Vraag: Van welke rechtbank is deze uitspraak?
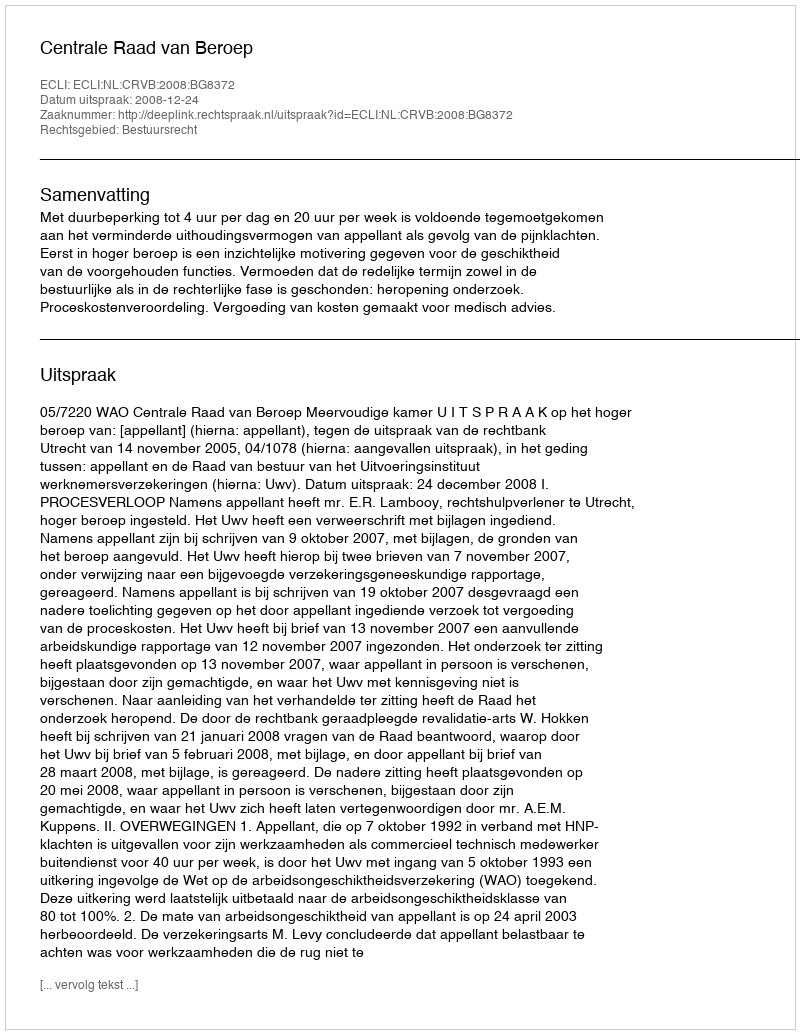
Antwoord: Centrale Raad van Beroep